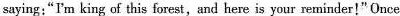
saying:"I'm king of this forest,and here is your reminder!" Once